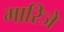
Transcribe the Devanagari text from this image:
मारिजे